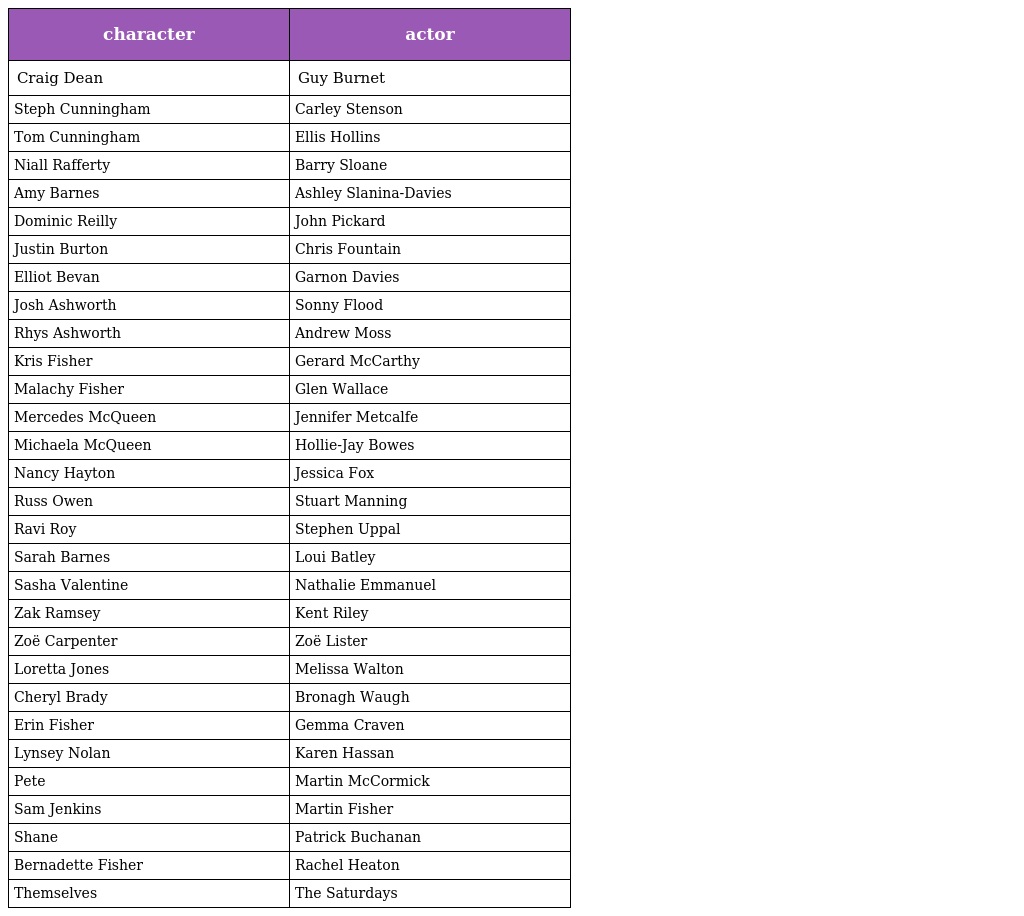
| character | actor |
 | --- | --- |
 | Craig Dean | Guy Burnet |
 | Steph Cunningham | Carley Stenson |
 | Tom Cunningham | Ellis Hollins |
 | Niall Rafferty | Barry Sloane |
 | Amy Barnes | Ashley Slanina-Davies |
 | Dominic Reilly | John Pickard |
 | Justin Burton | Chris Fountain |
 | Elliot Bevan | Garnon Davies |
 | Josh Ashworth | Sonny Flood |
 | Rhys Ashworth | Andrew Moss |
 | Kris Fisher | Gerard McCarthy |
 | Malachy Fisher | Glen Wallace |
 | Mercedes McQueen | Jennifer Metcalfe |
 | Michaela McQueen | Hollie-Jay Bowes |
 | Nancy Hayton | Jessica Fox |
 | Russ Owen | Stuart Manning |
 | Ravi Roy | Stephen Uppal |
 | Sarah Barnes | Loui Batley |
 | Sasha Valentine | Nathalie Emmanuel |
 | Zak Ramsey | Kent Riley |
 | Zoë Carpenter | Zoë Lister |
 | Loretta Jones | Melissa Walton |
 | Cheryl Brady | Bronagh Waugh |
 | Erin Fisher | Gemma Craven |
 | Lynsey Nolan | Karen Hassan |
 | Pete | Martin McCormick |
 | Sam Jenkins | Martin Fisher |
 | Shane | Patrick Buchanan |
 | Bernadette Fisher | Rachel Heaton |
 | Themselves | The Saturdays |